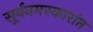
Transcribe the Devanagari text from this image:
सूर्यनमस्कारांत